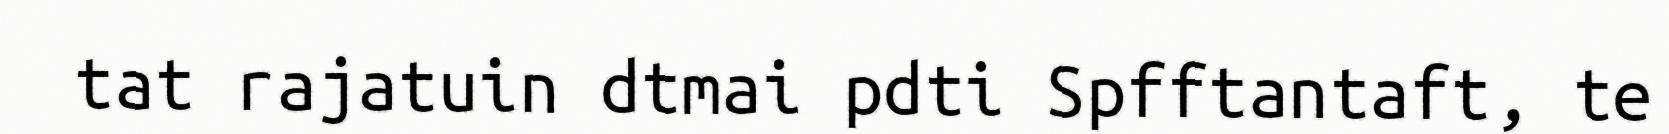
tat rajatuin dtmai pdti Spfftantaft, te